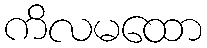
ကိလမထော